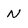
Character: N